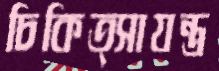
চিকিত্সাযন্ত্র